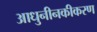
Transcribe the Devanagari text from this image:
आधुनीनकीकरण